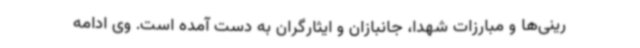
رینی‌ها و مبارزات شهدا، جانبازان و ایثارگران به دست آمده است. وی ادامه